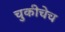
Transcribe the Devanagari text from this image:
चुकीचेच